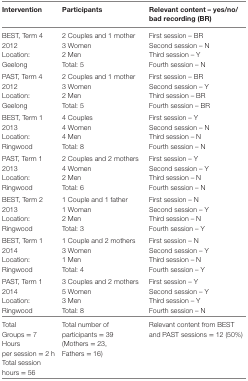
| Intervention | Participants | Relevant content – yes/no/bad recording (BR) |
 | --- | --- | --- |
 | <ROWSPAN=2> BEST, Term 4 2012 | 2 Couples and 1 mother | First session – BR |
 | 3 Women | Second session – N |
 | <ROWSPAN=2> Location: Geelong | 2 Men | Third session – Y |
 | Total: 5 | Fourth session – N |
 | <ROWSPAN=2> PAST, Term 4 2012 | 2 Couples and 1 mother | First session – BR |
 | 3 Women | Second session – Y |
 | <ROWSPAN=2> Location: Geelong | 2 Men | Third session – BR |
 | Total: 5 | Fourth session – BR |
 | <ROWSPAN=2> BEST, Term 1 2013 | 4 Couples | First session – Y |
 | 4 Women | Second session – N |
 | <ROWSPAN=2> Location: Ringwood | 4 Men | Third session – N |
 | Total: 8 | Fourth session – N |
 | <ROWSPAN=2> PAST, Term 1 2013 | 2 Couples and 2 mothers | First session – Y |
 | 4 Women | Second session – Y |
 | <ROWSPAN=2> Location: Ringwood | 2 Men | Third session – N |
 | Total: 6 | Fourth session – N |
 | <ROWSPAN=2> BEST, Term 2 2013 | 1 Couple and 1 father | First session – N |
 | 1 Woman | Second session – Y |
 | <ROWSPAN=2> Location: Ringwood | 2 Men | Third session – N |
 | Total: 3 | Fourth session – Y |
 | <ROWSPAN=2> BEST, Term 1 2014 | 1 Couple and 2 mothers | First session – N |
 | 3 Women | Second session – Y |
 | <ROWSPAN=2> Location: Ringwood | 1 Men | Third session – N |
 | Total: 4 | Fourth session – Y |
 | <ROWSPAN=2> PAST, Term 1 2014 | 3 Couples and 2 mothers | First session – Y |
 | 5 Women | Second session – Y |
 | <ROWSPAN=2> Location: Ringwood | 3 Men | Third session – Y |
 | Total: 8 | Fourth session – N |
 | Total Groups = 7 Hours per session = 2 h Total session hours = 56 | Total number of participants = 39 (Mothers = 23, Fathers = 16) | Relevant content from BEST and PAST sessions = 12 (50%) |